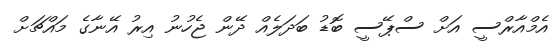
އެމްއާރްސީ އަށް ސްޕޭސީ ބޮޑު ބަދަލެއް ދޭން ޖެހުނު އިރު އޭނާގެ މައްޗަށް